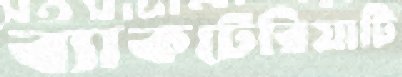
ব্যাকটেরিয়াটি